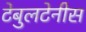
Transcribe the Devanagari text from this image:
टेबुलटेनीस